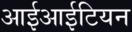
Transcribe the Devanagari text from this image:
आईआईटियन